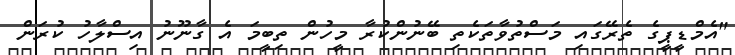
"އެމްޑީޕީގެ ތެރޭގައި މަސްތުވާތަކެތި ބޭނުންކުރާ މީހުން ތިބީމަ އެ ގާނޫނު އިސްލާހު ކުރަން